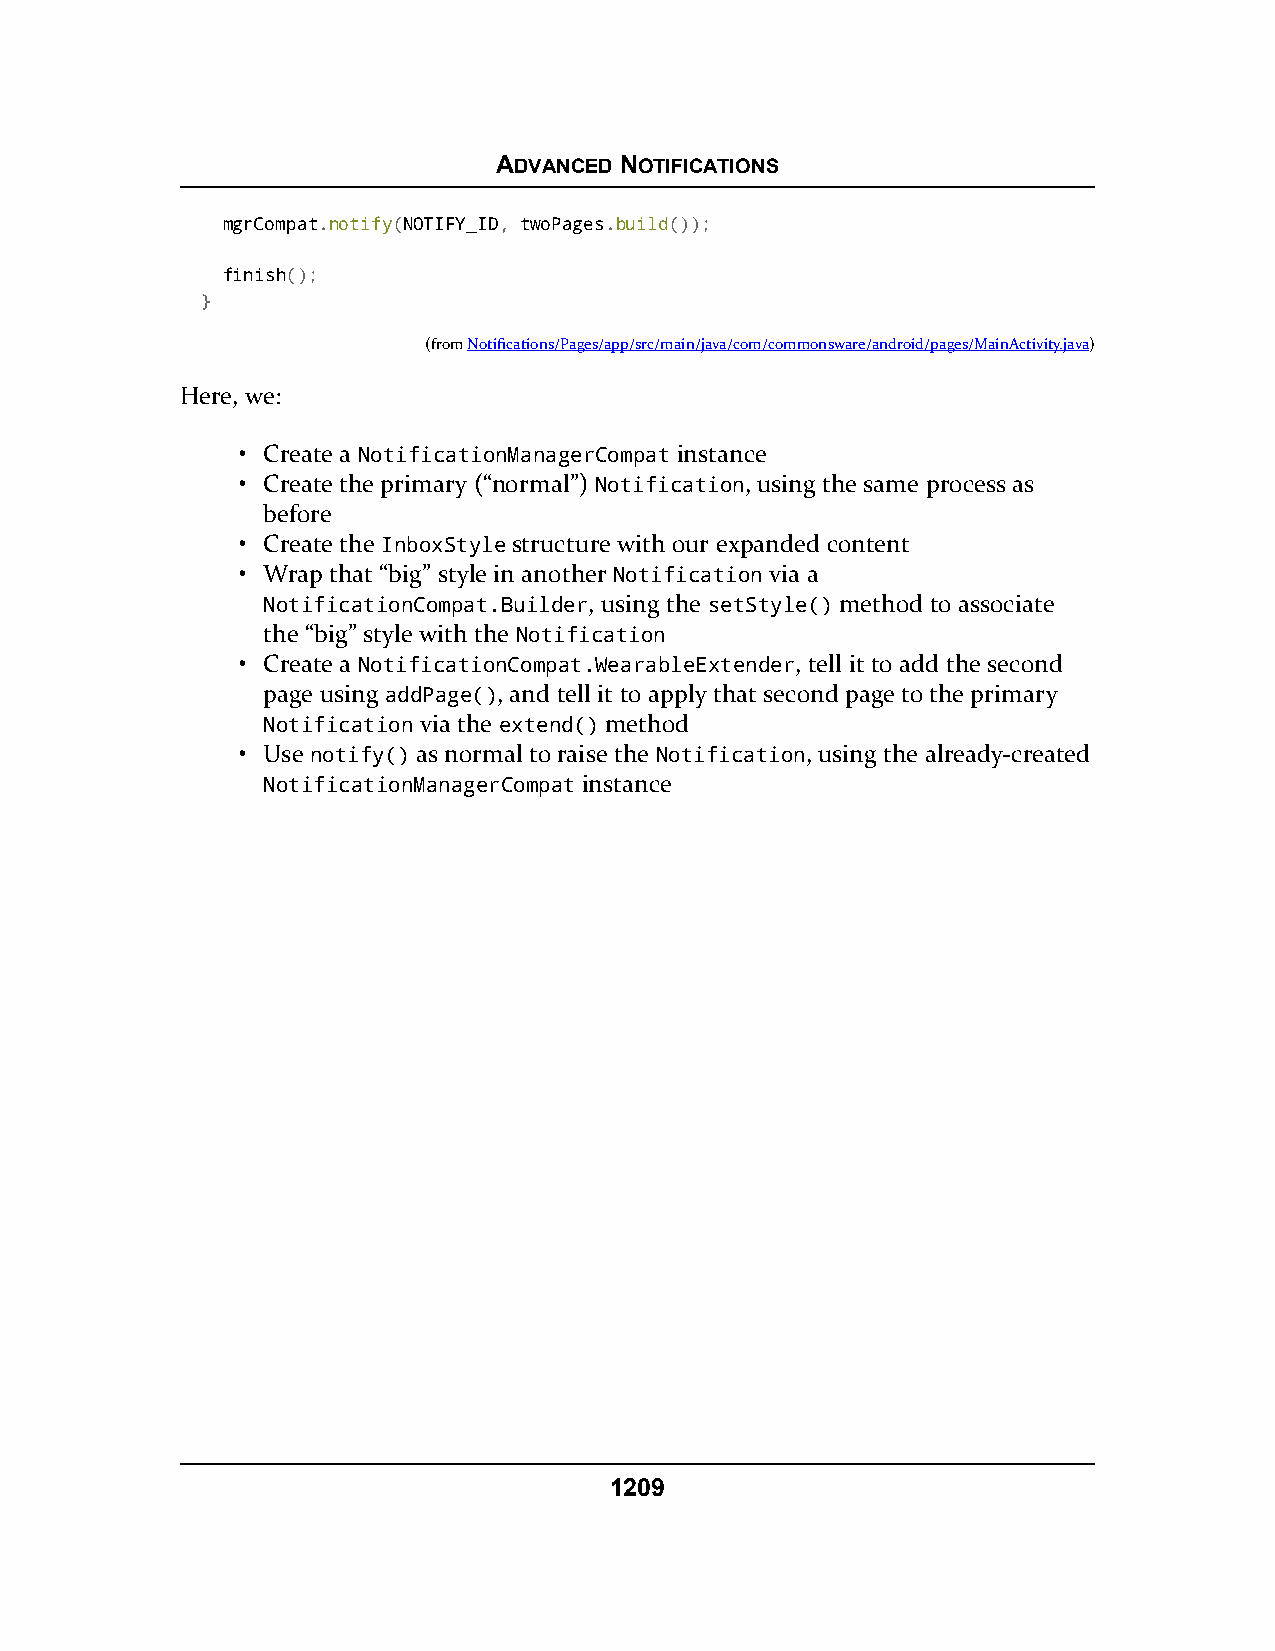
ADVANCED NOTIFICATIONS
 mgrCompat.notify(NOTIFY_ID, twoPages.build());
 finish();
 }
 (fromNotifications/Pages/app/src/main/java/com/commonsware/android/pages/MainActivity.java)
 Here, we:
 • Create a NotificationManagerCompat instance
 • Create the primary (“normal”) Notification, using the same process as
 before
 • Create the InboxStyle structure with our expanded content
 • Wrap that “big” style in another Notification via a
 NotificationCompat.Builder, using the setStyle() method to associate
 the “big” style with the Notification
 • Create a NotificationCompat.WearableExtender, tell it to add the second
 page using addPage(), and tell it to apply that second page to the primary
 Notification via the extend() method
 • Use notify() as normal to raise the Notification, using the already-created
 NotificationManagerCompat instance
 1209